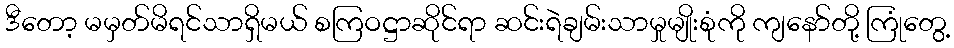
ဒီတော့ မမှတ်မိရင်သာရှိမယ် စကြဝဋ္ဌာဆိုင်ရာ ဆင်းရဲချမ်းသာမှုမျိုးစုံကို ကျနော်တို့ ကြုံတွေ့